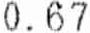
0.67